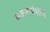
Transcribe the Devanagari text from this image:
मज्जापेशीचे